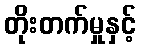
တိုးတက်မှုနှင့်